Report of the Imperial Institute of Veterinary Research, Muktesar
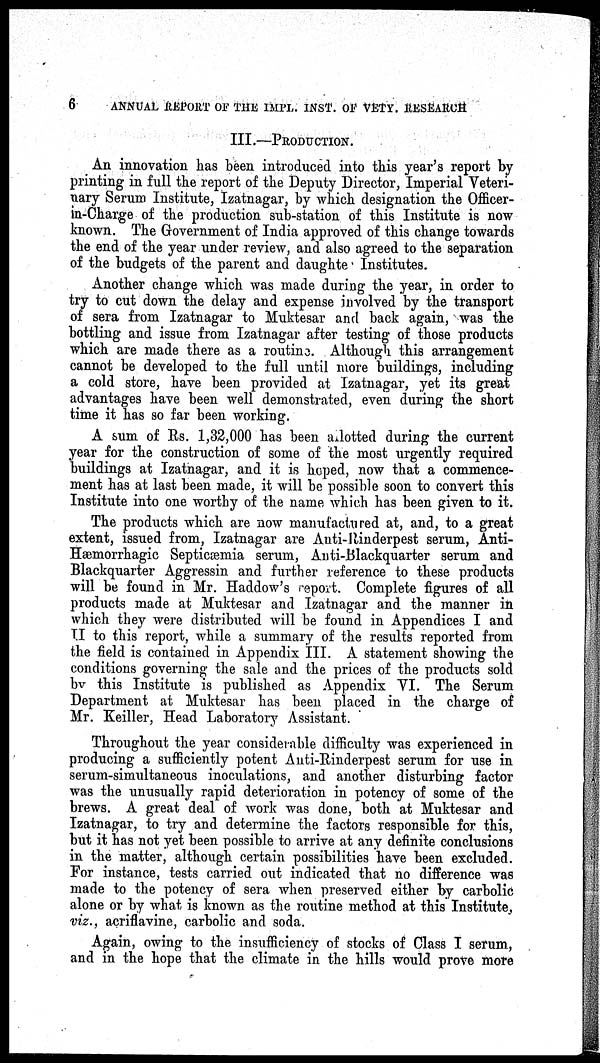
6 ANNUAL REPORT OF THE IMPL. INST. OF VETY. RESEARCH
III.—PRODUCTION.
An innovation has been introduced into this year's report by
printing in full the report of the Deputy Director, Imperial Veteri-
nary Serum Institute, Izatnagar, by which designation the Officer-
in-Charge of the production sub-station of this Institute is now
known. The Government of India approved of this change towards
the end of the year under review, and also agreed to the separation
of the budgets of the parent and daughte Institutes.
Another change which was made during the year, in order to
try to cut down the delay and expense involved by the transport
of sera from Izatnagar to Muktesar and back again, was the
bottling and issue from Izatnagar after testing of those products
which are made there as a routine. Although this arrangement
cannot be developed to the full until more buildings, including
a cold store, have been provided at Izatnagar, yet its great
advantages have been well demonstrated, even during the short
time it has so far been working.
A sum of Rs. 1,32,000 has been allotted during the current
year for the construction of some of the most urgently required
buildings at Izatnagar, and it is hoped, now that a commence-
ment has at last been made, it will be possible soon to convert this
Institute into one worthy of the name which has been given to it.
The products which are now manufactured at, and, to a great
extent, issued from, Izatnagar are Anti-Rinderpest serum, Anti-
Hæmorrhagic Septicæmia serum, Anti-Blackquarter serum and
Blackquarter Aggressin and further reference to these products
will be found in Mr. Haddow's report. Complete figures of all
products made at Muktesar and Izatnagar and the manner in
which they were distributed will be found in Appendices I and
II to this report, while a summary of the results reported from
the field is contained in Appendix III. A statement showing the
conditions governing the sale and the prices of the products sold
by this Institute is published as Appendix VI. The Serum
Department at Muktesar has been placed in the charge of
Mr. Keiller, Head Laboratory Assistant.
Throughout the year considerable difficulty was experienced in
producing a sufficiently potent Anti-Rinderpest serum for use in
serum-simultaneous inoculations, and another disturbing factor
was the unusually rapid deterioration in potency of some of the
brews. A great deal of work was done, both at Muktesar and
Izatnagar, to try and determine the factors responsible for this,
but it has not yet been possible to arrive at any definite conclusions
in the matter, although certain possibilities have been excluded.
For instance, tests carried out indicated that no difference was
made to the potency of sera when preserved either by carbolic
alone or by what is known as the routine method at this Institute,
viz., acriflavine, carbolic and soda.
Again, owing to the insufficiency of stocks of Class I serum,
and in the hope that the climate in the hills would prove more